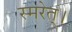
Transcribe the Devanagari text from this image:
स्मरेत्‌।